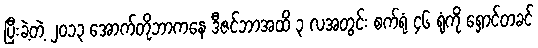
ပြီးခဲ့တဲ့ ၂၀၁၃ အောက်တိုဘာကနေ ဒီဇင်ဘာအထိ ၃ လအတွင်း စက်ရုံ ၄၆ ရုံကို ရှောင်တခင်